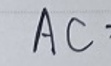
$AC$